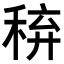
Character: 𥟋